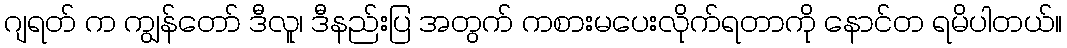
ဂျရတ် က ကျွန်တော် ဒီလူ၊ ဒီနည်းပြ အတွက် ကစားမပေးလိုက်ရတာကို နောင်တ ရမိပါတယ်။